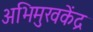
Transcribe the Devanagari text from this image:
अभिमुखकेंद्र